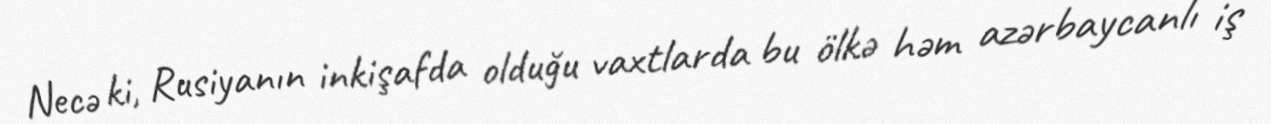
Necə ki, Rusiyanın inkişafda olduğu vaxtlarda bu ölkə həm azərbaycanlı iş